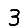
Digit: 3